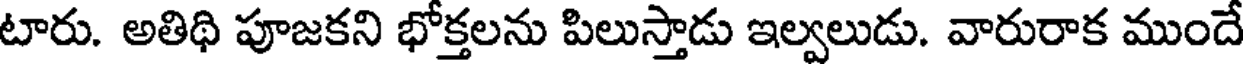
టారు. అతిథి పూజకని భోక్తలను పిలుస్తాడు ఇల్వలుడు. వారురాక ముందే